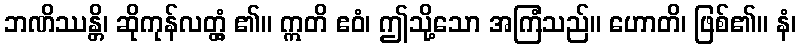
ဘဏိဿန္တိ၊ ဆိုကုန်လတ္တံ့ ၏။ ဣတိ ဧဝံ၊ ဤသို့သော အကြံသည်။ ဟောတိ၊ ဖြစ်၏။ နံ၊